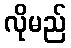
လိုမည်